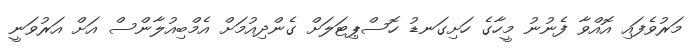
މަރުވެފައި އޮއްވާ ފެނުނު މީހާގެ ހަށިގަނޑު ހޮސްޕިޓަލަށް ގެންދިއުމަށް އެމްބިއުލާންސް އަށް އަރުވަނީ